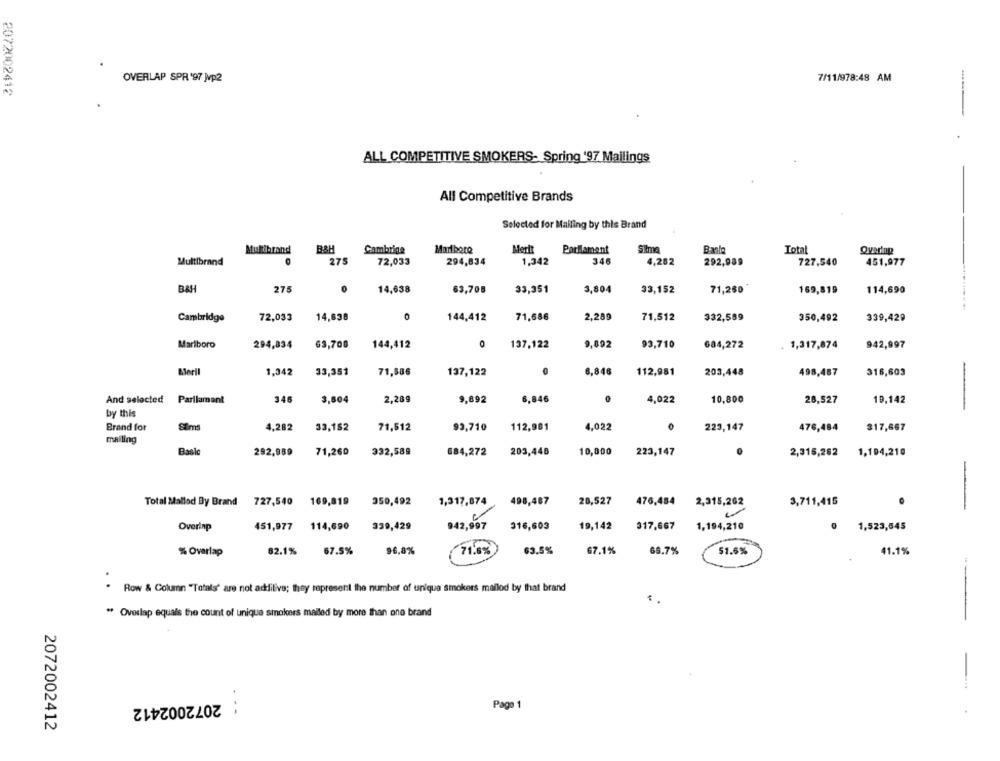
OVERLAP SPR '97 Jvp2
7/11/978:48 AM
2072002412
ALL COMPETITIVE SMOKERS- Spring 197 Mailings
All Competitive Brands
Selected for Mailing by this Brand
Multibrand
BAH
Cambtina
Marlboro
Merit
Parlament
Silme
Total
Overing
Multibrand
275
72,033
294,834
1,342
346
4,282
292,989
727,540
451,977
BAH
275
0
14,638
63,708
33,351
3,804
33,152
71,260
169,819
114,690
Cambridge
72,033
14,838
0
144,412
71,686
2,289
71.512
332,589
350,492
339,429
Marlboro
294,834
63,700
144,412
0
137,122
9,892
93,710
684,272
. 1,317,874
942,997
Meril
1,342
33,351
71,586
137,122
0
6,846
112,981
203,448
498,467
316,603
And selected Parliament
346
3,604
2,289
9,892
6,846
4,022
10,800
28,527
10,142
by this
Brand for
4,282
33,182
71,512
93,710
112,981
4,022
223,147
476,484
317,667
Sims
mailing
Basic
292,989
71,260
332,589
684,272
203,446
10,800
223,147
2,315,262
1,194,210
-
Total Mallod By Brand 727,540 169,819
350,492
1,317,874
498,487
20,527
476,484 2,315,262
3,711,415
Overlap
451,977 114,690
339,429
942,997
316,603
19,142
317,667
1,194,210
1,523,645
% Overlap
62.1%
67.5%
96,8%
71.6%
63.5%
67.1%
66.7%
51.6%
41.1%
--
Row & Column "Totals' are not addilive; they represent the number of unique smokers mailod by that brand
..
" Overlap equals the count of unique smokers malled by more than one brand
-
: 2072002412
Page 1
2072002412